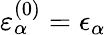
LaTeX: \varepsilon_{\alpha}^{(0)}=\epsilon_{\alpha}